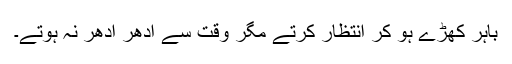
باہر کھڑے ہو کر انتظار کرتے مگر وقت سے ادھر ادھر نہ ہوتے۔